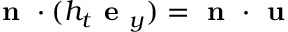
\textbf { n } \cdot ( h _ { t } \textbf { e } _ { y } ) = \textbf { n } \cdot \textbf { u }